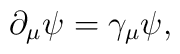
\partial_\mu \psi = \gamma_\mu \psi,